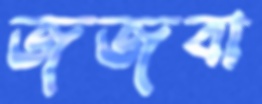
জজবা